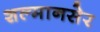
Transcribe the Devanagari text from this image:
शल्मानसेर